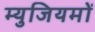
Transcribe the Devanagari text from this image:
म्युजियमों